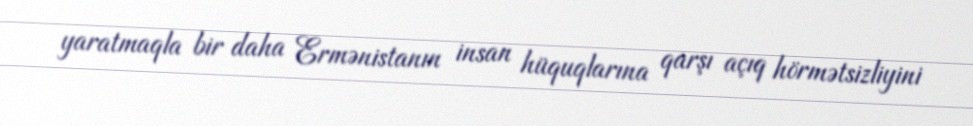
yaratmaqla bir daha Ermənistanın insan hüquqlarına qarşı açıq hörmətsizliyini